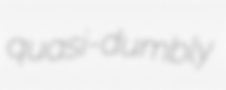
quasi-dumbly